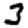
Digit: 3